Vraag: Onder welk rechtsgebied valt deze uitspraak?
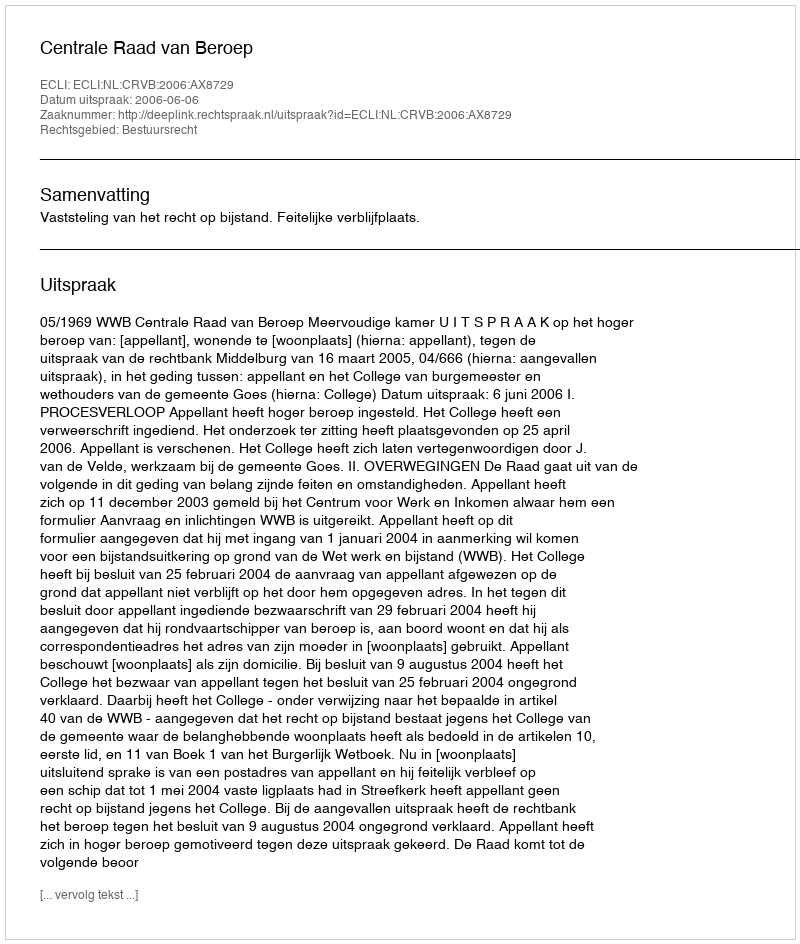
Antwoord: Bestuursrecht